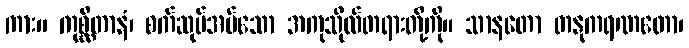
ကား။ ကုစ္ဆိတာနံ၊ စက်ဆုပ်အပ်သော အကုသိုလ်တရားတို့ကို။ သာနတော တနုကရဏတော၊